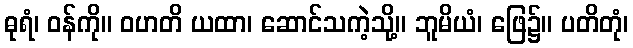
ဓုရံ၊ ဝန်ကို။ ဝဟတိ ယထာ၊ ဆောင်သကဲ့သို့။ ဘူမိယံ၊ ဖြေ၌။ ပတိတုံ၊